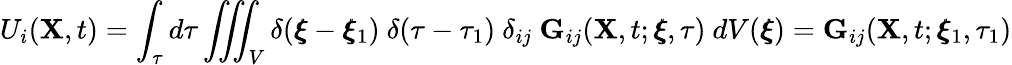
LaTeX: U_{i}(\mathbf{X},t)=\int_{\tau}d\tau\iiint_{V}\delta(\pmb{\xi}-\pmb{\xi}_{1})~\delta(\tau-\tau_{1})~\delta_{ij}~\mathbf{G}_{ij}(\mathbf{X},t;\pmb{\xi},\tau)~dV(\pmb{\xi})=\mathbf{G}_{ij}(\mathbf{X},t;\pmb{\xi}_{1},\tau_{1})